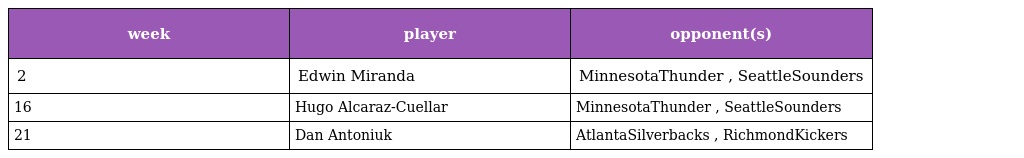
| week | player | opponent(s) |
 | --- | --- | --- |
 | 2 | Edwin Miranda | MinnesotaThunder , SeattleSounders |
 | 16 | Hugo Alcaraz-Cuellar | MinnesotaThunder , SeattleSounders |
 | 21 | Dan Antoniuk | AtlantaSilverbacks , RichmondKickers |